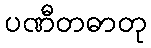
ပဏီတဓာတု